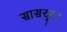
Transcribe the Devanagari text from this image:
सासरहून